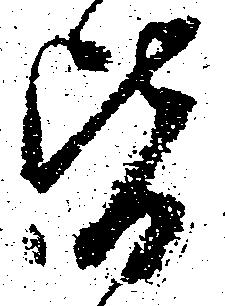
皆